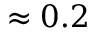
\approx 0 . 2